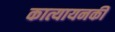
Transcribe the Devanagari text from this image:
कात्यायनकी